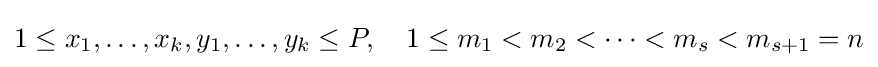
1\leq x_{1},\dots ,x_{k},y_{1},\dots ,y_{k}\leq P,\quad 1\leq m_{1}<m_{2}<\dots <m_{s}<m_{s+1}=n